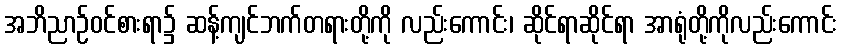
အဘိညာဉ်ဝင်စားရာ၌ ဆန့်ကျင်ဘက်တရားတို့ကို လည်းကောင်း၊ ဆိုင်ရာဆိုင်ရာ အာရုံတို့ကိုလည်းကောင်း